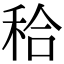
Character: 秴